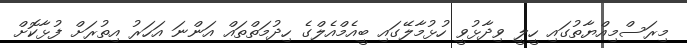
މިރަސްމިއްޔާތުގައި ހީލީ ވިދާޅުވީ ހުޅުމާލޭގައި ބީއެމްއެލްގެ ހިދުމަތްތައް އަންނަ އަހަރު އިތުރަށް ފުޅާކޮށް